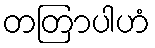
တတြာပါဟံ